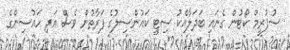
ސުޕުރީމް ކޯޓުން ގެނައި ބަދަލާއެކު ސިޓީ ކައުންސިލުގެ ފަރާތުން ވެސް އަދި ހައުސިންގެ